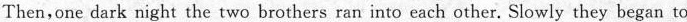
Then, one dark night the two brothers ran into each other. Slowly they began to